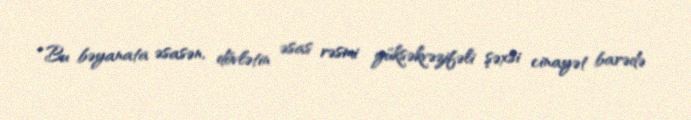
“Bu bəyanata əsasən, dövlətin əsas rəsmi yüksəkvəzifəli şəxsi cinayət barədə